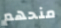
منحهم